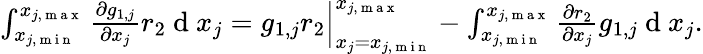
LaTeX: \begin{array}{r}{\int_{x_{j,\mathrm{~m~i~n~}}}^{x_{j,\mathrm{~m~a~x~}}}{\frac{\partial g_{1,j}}{\partial x_{j}}r_{2}}\mathrm{~d~}x_{j}=g_{1,j}r_{2}\Big|_{x_{j}=x_{j,\mathrm{~m~i~n~}}}^{x_{j,\mathrm{~m~a~x~}}}-\int_{x_{j,\mathrm{~m~i~n~}}}^{x_{j,\mathrm{~m~a~x~}}}{\frac{\partial r_{2}}{\partial x_{j}}g_{1,j}}\mathrm{~d~}x_{j}.}\end{array}